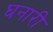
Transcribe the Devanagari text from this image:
घनारी